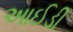
આઈડી